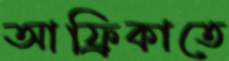
আফ্রিকাতে